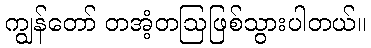
ကျွန်တော် တအံ့တဩဖြစ်သွားပါတယ်။